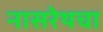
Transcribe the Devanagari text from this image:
नासरेथचा